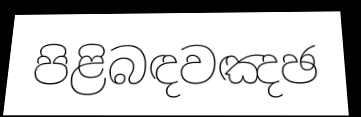
පිළිබඳවඤඡ